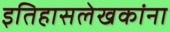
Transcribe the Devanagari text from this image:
इतिहासलेखकांना